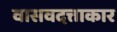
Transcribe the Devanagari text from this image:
वासवदत्ताकार